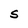
Character: S